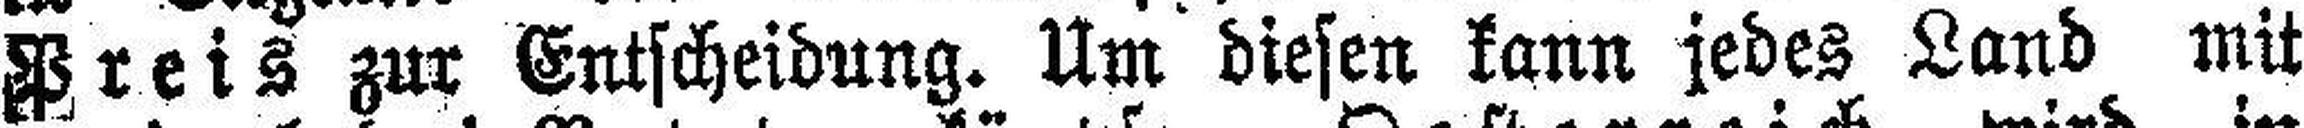
Preis zur Entscheidung. Um diesen kann jedes Land mit